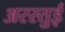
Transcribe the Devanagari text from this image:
अरस्तुई